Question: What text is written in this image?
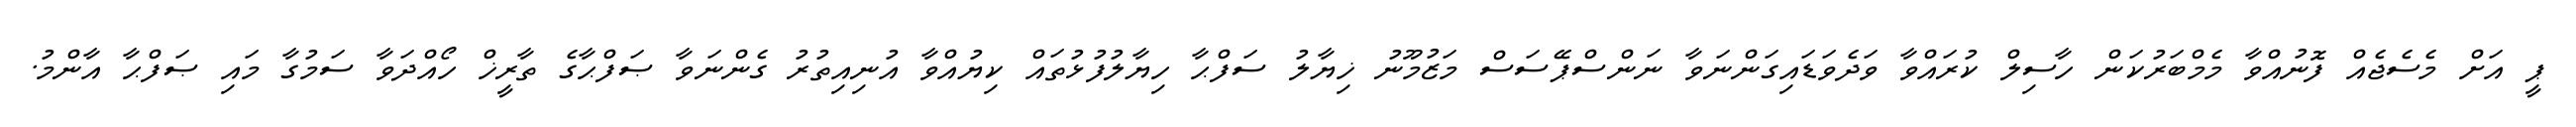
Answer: ޕީ އަށް މެސެޖެއް ފޮނުއްވާ މެމްބަރުކަން ހާސިލް ކުރައްވާ ވަދެވަޑައިގަންނަވާ ނަންސްޕޭސަސް މަޒުމޫނު ޚިޔާލު ސަފްޙާ ހިޔާލުފުޅުތައް ކިޔުއްވާ އުނިއިތުރު ގެންނަވާ ޞަފްޙާގެ ތާރީޚް ހޯއްދަވާ ސަމުގާ މައި ޞަފްޙާ އާންމު.